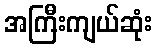
အကြီးကျယ်ဆုံး